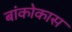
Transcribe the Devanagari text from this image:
बांकोकास